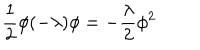
\frac { 1 } { 2 } \phi ( - \lambda ) \phi = - \frac { \lambda } { 2 } \phi ^ { 2 }